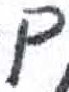
אות: ם